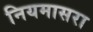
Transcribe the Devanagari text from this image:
नियमासरा